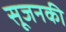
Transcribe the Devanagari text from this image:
सूजनकी